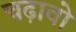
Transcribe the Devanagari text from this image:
चढ़ावो